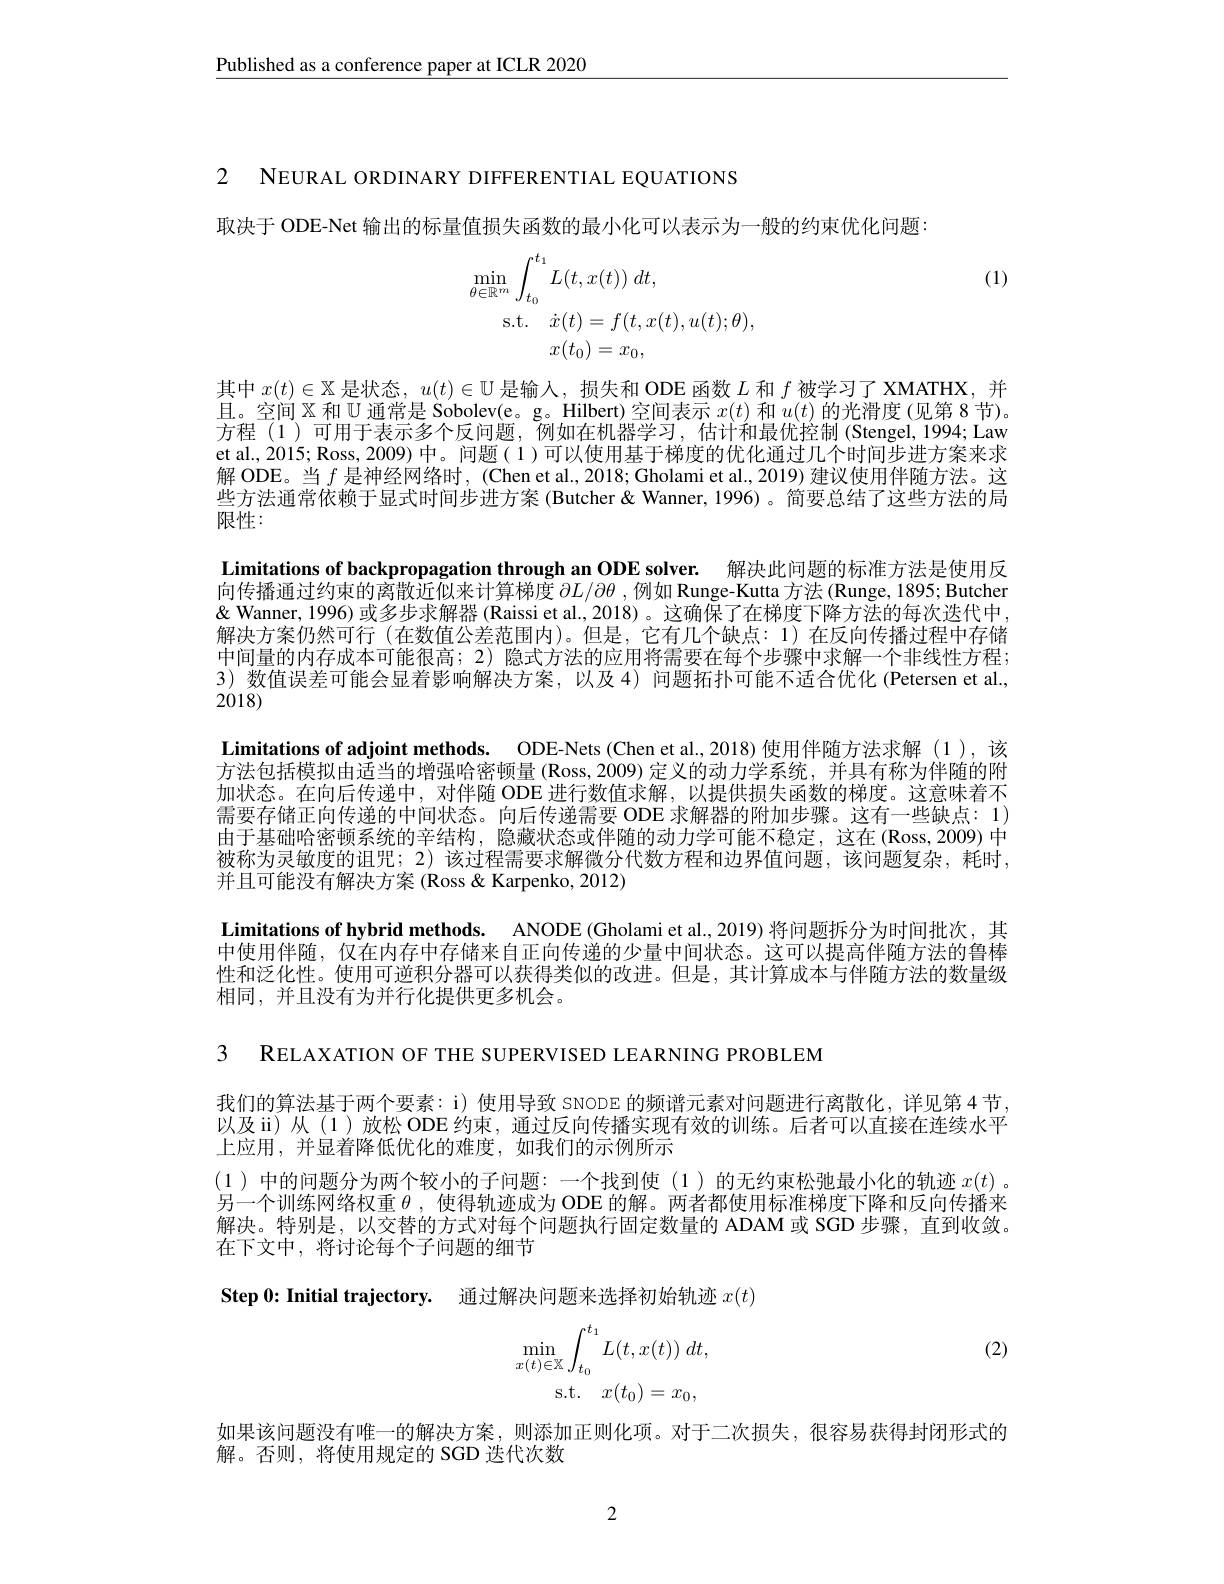
$\underline{\text{Published as a conference paper at ICLR 2020}}$

2 NEURAL ORDINARY DIFFERENTIAL EQUATIONS

取决于 ODE-Net 输出的标量值损失函数的最小化可以表示为一般的约束优化问题

(1)
$$\begin{aligned}\operatorname*{min}_{\theta\in\mathbb{R}^{m}}&\int_{t_{0}}^{t_{1}}L(t,x(t))\:dt,\\\mathrm{s.t.}&\dot{x}(t)=f(t,x(t),u(t);\theta),\\&x(t_{0})=x_{0},\end{aligned}$$
其中$x(t)\in\mathbb{X}$是状态，$u(t)\in\mathbb{U}$是输入，损失和 ODE 函数$L$和$f$被学习了 XMATHX,并且。空间$\mathbb{X}$和 U 通常是 Sobolev(e。g。Hilbert) 空间表示$x(t)$和$u(t)$的光滑度 (见第 8 节)。方程 (1)可用于表示多个反问题，例如在机器学习，估计和最优控制(Stengel,1994;Law et al., 2015; Ross, 2009) 中。问题( 1)可以使用基于梯度的优化通过几个时间步进方案来求解 ODE。当$f$是神经网络时，(Chen et al., 2018; Gholami et al., 2019) 建议使用伴随方法。这些方法通常依赖于显式时间步进方案 (Butcher & Wanner, 1996)。简要总结了这些方法的局限性：

Limitations of backpropagation through an ODE solver. 解决此问题的标准方法是使用反向传播通过约束的离散近似来计算梯度$\partial L/\partial\theta$ ,例如 Runge-Kutta 方法(Runge,1895; Butcher & Wanner, 1996) 或多步求解器 (Raissi et al., 2018) 。这确保了在梯度下降方法的每次迭代中解决方案仍然可行(在数值公差范围内)。但是，它有几个缺点：1)在反向传播过程中存储中间量的内存成本可能很高；2) 隐式方法的应用将需要在每个步骤中求解一个非线性方程； 3)数值误差可能会显着影响解决方案，以及4)问题拓扑可能不适合优化(Petersen et al., 2018)
Limitations of adjoint methods. ODE-Nets (Chen et al.,2018)使用伴随方法求解(1),该方法包括模拟由适当的增强哈密顿量 (Ross,2009) 定义的动力学系统，并具有称为伴随的附加状态。在向后传递中，对伴随 ODE 进行数值求解，以提供损失函数的梯度。这意味着不需要存储正向传递的中间状态。向后传递需要 ODE 求解器的附加步骤。这有一些缺点：1) 由于基础哈密顿系统的辛结构，隐藏状态或伴随的动力学可能不稳定，这在(Ross,2009) 中被称为灵敏度的诅咒；2)该过程需要求解微分代数方程和边界值问题，该问题复杂，耗时， 并且可能没有解决方案 (Ross &Karpenko, 2012)
Limitations of hybrid methods. ANODE (Gholami et al.,2019) 将问题拆分为时间批次，其中使用伴随，仅在内存中存储来自正向传递的少量中间状态。这可以提高伴随方法的鲁棒性和泛化性。使用可逆积分器可以获得类似的改进。但是，其计算成本与伴随方法的数量级

相同，并且没有为并行化提供更多机会。

3 RELAXATION OF THE SUPERVISED LEARNING PROBLEM
我们的算法基于两个要素：i) 使用导致 SNODE 的频谱元素对问题进行离散化，详见第 4节， 以及 ii) 从 (1)放松 ODE 约束，通过反向传播实现有效的训练。后者可以直接在连续水平上应用，并显着降低优化的难度，如我们的示例所示
(1)中的问题分为两个较小的子问题：一个找到使(1)的无约束松弛最小化的轨迹$x(t)$ 。另一个训练网络权重$\theta$ ,使得轨迹成为 ODE 的解。两者都使用标准梯度下降和反向传播来解决。特别是，以交替的方式对每个问题执行固定数量的 ADAM 或 SGD 步骤，直到收敛。在下文中，将讨论每个子问题的细节

Step 0: Initial trajectory. 通过解决问题来选择初始轨迹$x(t)$

(2)
$$\begin{aligned}\min_{x(t)\in\mathbb{X}}\int_{t_0}^{t_1}L(t,x(t))\:dt,\\\mathrm{s.t.}\quad x(t_0)=x_0,\end{aligned}$$
如果该问题没有唯一的解决方案，则添加正则化项。对于二次损失，很容易获得封闭形式的
解。否则，将使用规定的 SGD 迭代次数

2